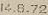
14.8.72